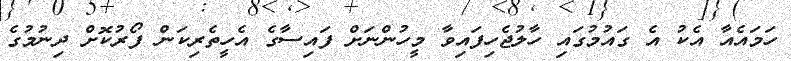
ހަމައެއާ އެކު އެ ގައުމުގައި ހާލުޖެހިފައިވާ މީހުންނަށް ފައިސާގެ އެހީތެރިކަން ފޯރުކޮށް ދިނުމުގެ